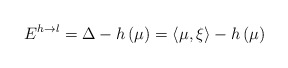
\begin{align*}E^{h\rightarrow l}=\Delta -h\left( \mu \right) =\left\langle \mu,\xi \right\rangle -h\left( \mu \right) \end{align*}